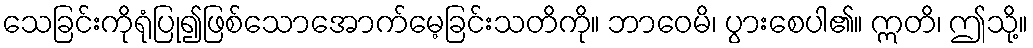
သေခြင်းကိုရုံပြု၍ဖြစ်သောအောက်မေ့ခြင်းသတိကို။ ဘာဝေမိ၊ ပွားစေပါ၏။ ဣတိ၊ ဤသို့။